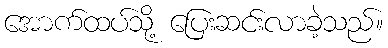
အောက်ထပ်သို့ ပြေးဆင်းလာခဲ့သည်။